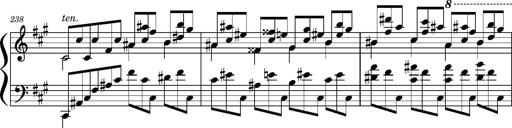
Title: Concerto sans orchestre, S.524a
Composer: Franz Liszt
Key: A major